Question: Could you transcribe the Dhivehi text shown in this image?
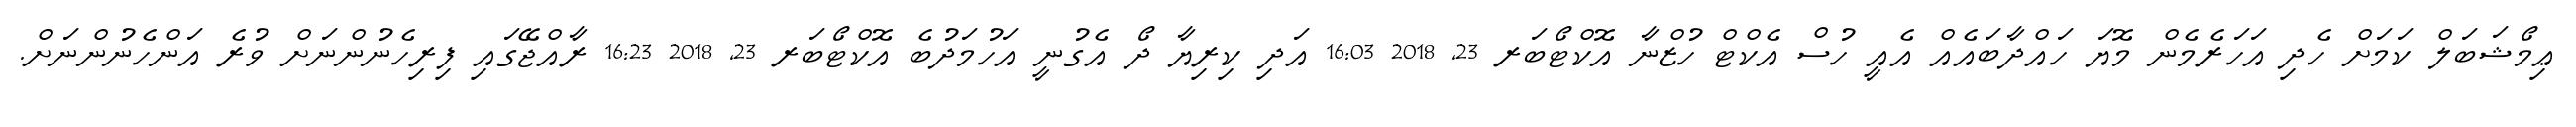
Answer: ޢިމޯޝަބަލް ކަމަށް ހެދި އަހަރެމެން މޮޔަ ހައްދާބައެއް އެއީ ހުސް އެކްޓް ހުޒްނާ އޮކްޓޯބަރ 23, 2018 16:03 އަދި ކިރިޔާ ދޯ އެގުނީ އަހުމަދުބެ އޮކްޓޯބަރ 23, 2018 16:23 ރާއްޖޭގައި ފިރިހެނުންނަށް ވުރެ އަންހެނުންނަށް.